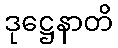
ဒုဋ္ဌေနာတိ